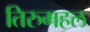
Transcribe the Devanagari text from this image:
तिरुमहल